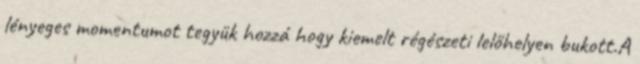
lényeges momentumot tegyük hozzá hogy kiemelt régészeti lelőhelyen bukott.A